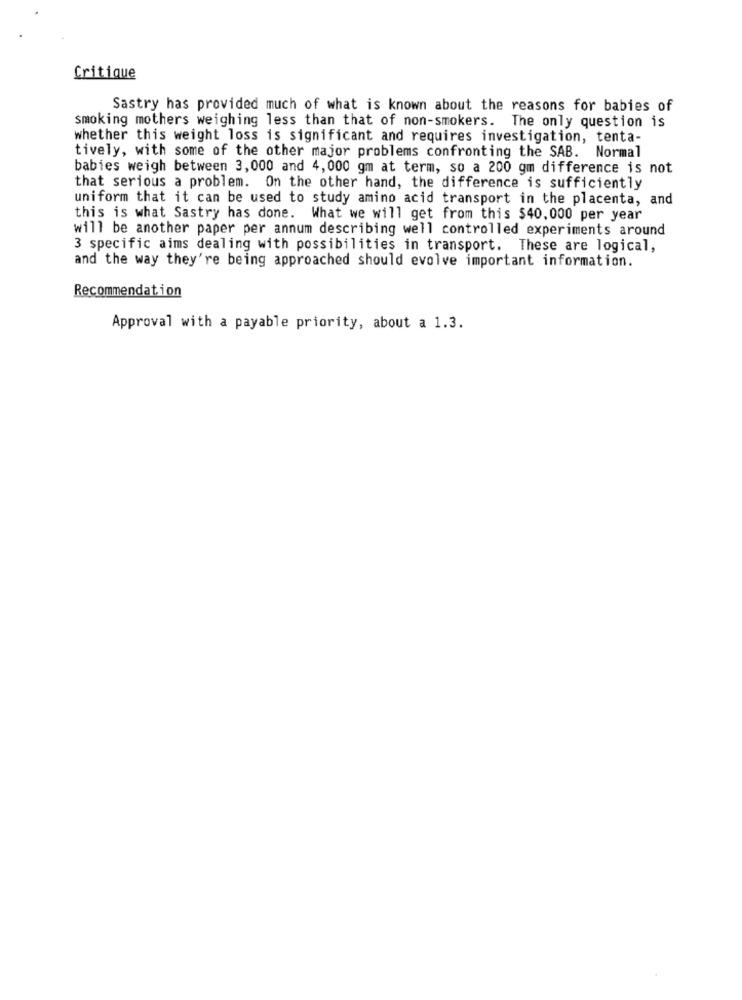
Critique
Sastry has provided much of what is known about the reasons for babies of
smoking mothers weighing less than that of non-smokers. The only question is
whether this weight loss is significant and requires investigation, tenta-
tively, with some of the other major problems confronting the SAB. Normal
babies weigh between 3,000 and 4, 000 gm at term, so a 200 gm difference is not
that serious a problem. On the other hand, the difference is sufficiently
uniform that it can be used to study amino acid transport in the placenta, and
this is what Sastry has done. What we will get from this $40,000 per year
will be another paper per annum describing well controlled experiments around
3 specific aims dealing with possibilities in transport. These are logical,
and the way they're being approached should evolve important information.
Recommendation
Approval with a payable priority, about a 1.3.